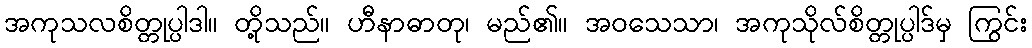
အကုသလစိတ္တုပ္ပါဒါ။ တို့သည်။ ဟီနာဓာတု၊ မည်၏။ အဝသေသာ၊ အကုသိုလ်စိတ္တုပ္ပါဒ်မှ ကြွင်း